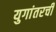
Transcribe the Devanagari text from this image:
युगांतरची